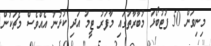
މިނިވަން 50 ފުޓުބޯޅަ މުބާރާތުގައި މާފަރު ޓީމު އަދި ކުޅުނު އެއްވެސް މެޗަކުން